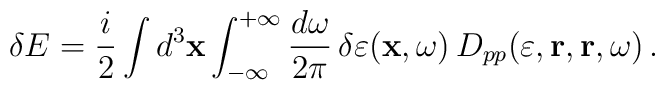
\delta  E  =\frac{i}{2}  \int  d^3  {\bf  x}  \int_{-\infty}^{+\infty}\frac{d\omega}{2 \pi} \,  \delta\varepsilon ({\bf x},\omega) \,D_{pp}(\varepsilon, {\bf r}, {\bf r}, \omega) \, .